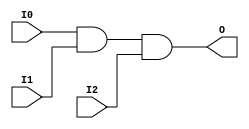
// $Header: /devl/xcs/repo/env/Databases/CAEInterfaces/verunilibs/data/uni9000/AND3.v,v 1.4 2007/05/23 20:04:50 patrickp Exp $
///////////////////////////////////////////////////////////////////////////////
// Copyright (c) 1995/2004 Xilinx, Inc.
// All Right Reserved.
///////////////////////////////////////////////////////////////////////////////
//   ____  ____
//  /   /\/   /
// /___/  \  /    Vendor : Xilinx
// \   \   \/     Version : 7.1i (H.19)
//  \   \         Description : Xilinx Functional Simulation Library Component
//  /   /                  3-input AND Gate
// /___/   /\     Filename : AND3.v
// \   \  /  \    Timestamp : Thu Mar 25 16:41:27 PST 2004
//  \___\/\___\
//
// Revision:
//    03/23/04 - Initial version.
//    05/23/07 - Changed timescale to 1 ps / 1 ps.

`timescale  1 ps / 1 ps

`celldefine

module AND3 (O, I0, I1, I2);


    output O;

    input  I0, I1, I2;

    and A1 (O, I0, I1, I2);

    specify
	(I0 *> O) = (0, 0);
	(I1 *> O) = (0, 0);
	(I2 *> O) = (0, 0);
    endspecify

endmodule

`endcelldefine